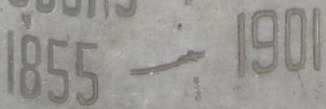
1855-1901